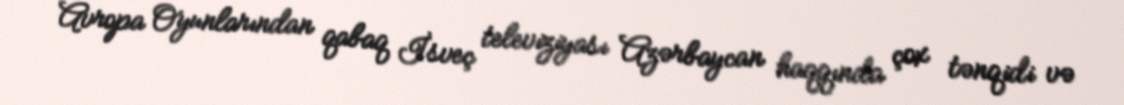
Avropa Oyunlarından qabaq İsveç televiziyası Azərbaycan haqqında çox tənqidi və